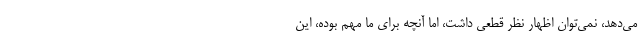
می‌دهد، نمی‌توان اظهار نظر قطعی داشت، اما آنچه برای ما مهم بوده، این